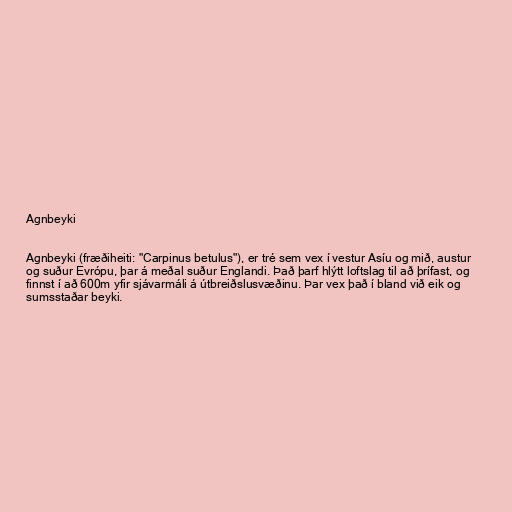
Agnbeyki

Agnbeyki (fræðiheiti: "Carpinus betulus"), er tré sem vex í vestur Asíu og mið, austur
og suður Evrópu, þar á meðal suður Englandi. Það þarf hlýtt loftslag til að þrífast, og
finnst í að 600m yfir sjávarmáli á útbreiðslusvæðinu. Þar vex það í bland við eik og
sumsstaðar beyki.